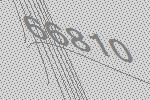
66810